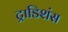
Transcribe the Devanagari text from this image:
ट्राडिशंस